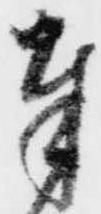
奉